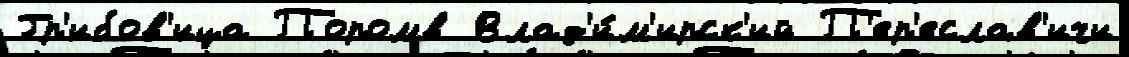
Гр'ибов'ица Поромв Влад'и́м'ирск'ий П'ер'еслав'ичи